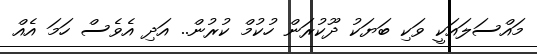
މައްސަލައަކީ ވަކި ބަޔަކު ދޫކުރަން ހުކުމް ކުރުން.. އަދި އެވެސް ހަަމަ އެއް